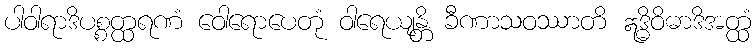
ပါဝါရာဒိပစ္စတ္ထရဏံ ဝေါရောပေတုံ ဝါရေယျန္တိ ခီဏာသဝဿာတိ ဣဒ္ဓိဝိဓာဒိအတ္ထံ